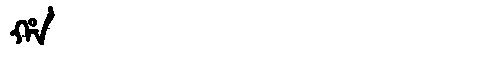
Manchu: ᡥᠠ
Romanization: HA